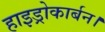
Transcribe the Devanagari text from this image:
हाइड्रोकार्बन।